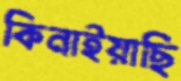
কিনাইয়াছি